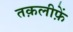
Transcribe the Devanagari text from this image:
तक़लीफ़ें